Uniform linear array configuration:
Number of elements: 8
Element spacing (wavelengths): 0.25
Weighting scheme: exponential
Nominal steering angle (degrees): -30
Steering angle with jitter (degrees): -30.989
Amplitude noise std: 0.05
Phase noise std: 0.05

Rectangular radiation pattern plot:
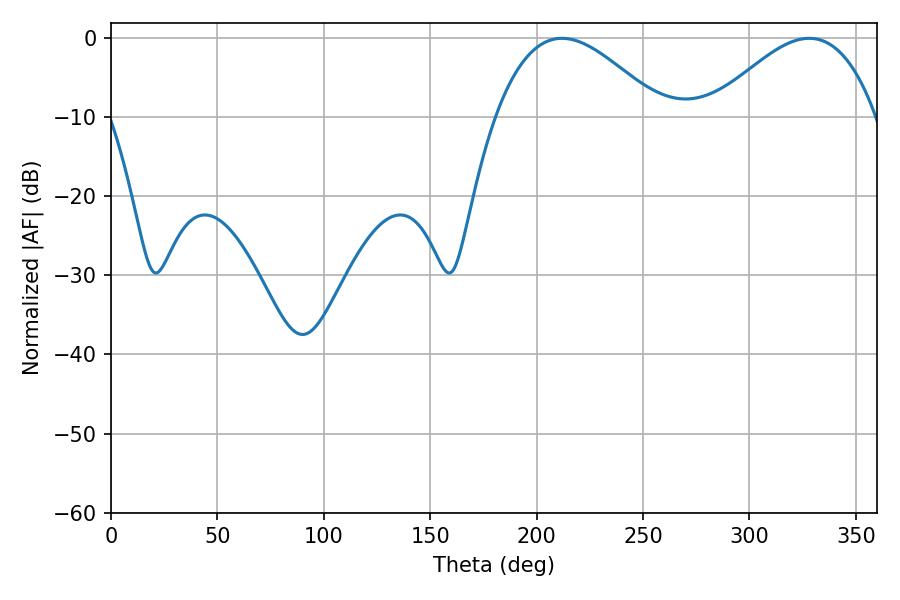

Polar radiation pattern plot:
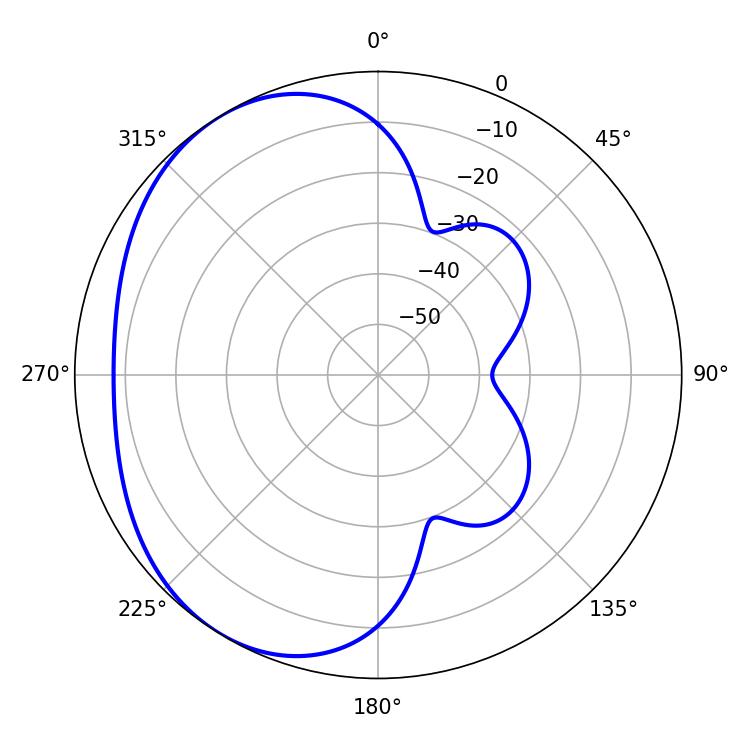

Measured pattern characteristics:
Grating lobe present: FALSE
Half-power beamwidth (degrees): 42.3
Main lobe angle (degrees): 211.86